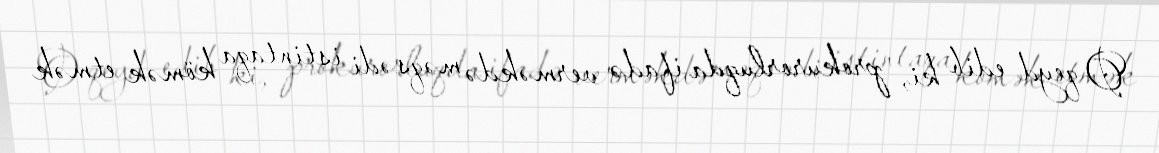
O qeyd edib ki, prokurorluqda ifadə verməkdə məqsədi istintaqa kömək etmək